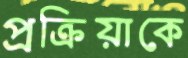
প্রক্রিয়াকে